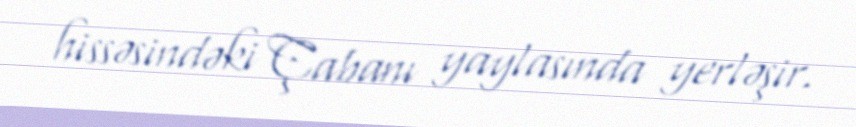
hissəsindəki Çabanı yaylasında yerləşir.